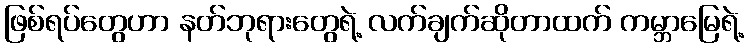
ဖြစ်ရပ်တွေဟာ နတ်ဘုရားတွေရဲ့ လက်ချက်ဆိုတာထက် ကမ္ဘာမြေရဲ့